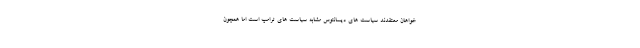
خواهان معتقدند سیاست های دیسانتوس مشابه سیاست های ترامپ است اما همچون